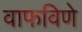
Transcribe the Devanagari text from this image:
वाफविणे